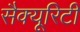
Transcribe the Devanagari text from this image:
सैक्यूरिटी